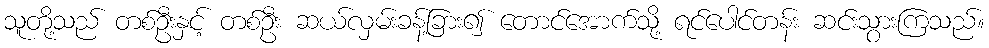
သူတို့သည် တစ်ဦးနှင့် တစ်ဦး ဆယ်လှမ်းခန့်ခြား၍ တောင်အောက်သို့ ရင်ပေါင်တန်း ဆင်းသွားကြသည်။